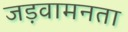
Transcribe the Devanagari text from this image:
जड़वामनता